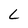
Character: L